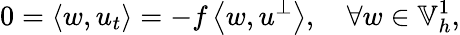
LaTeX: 0=\left\langle w,u_{t}\right\rangle=-f\left\langle w,u^{\perp}\right\rangle,\quad\forall w\in\mathbb{V}_{h}^{1},